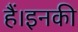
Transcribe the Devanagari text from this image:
हैं।इनकी